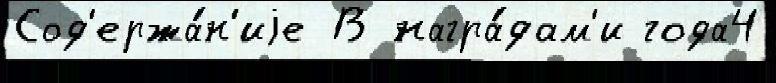
Сод'ержа́н'иjе В награ́дам'и года4